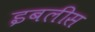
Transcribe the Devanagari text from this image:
इबलीस